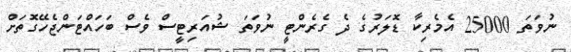
ނުވަތަ 25000 އެމެރިކާ ޑޮލަރުގެ ދެ ގެރެންޓީ ނުވަތަ ޝުއަރިޓީސް ވެސް ބަހައްޓަންޖެހޭގޮތަށް